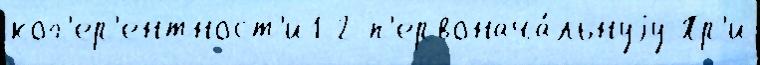
ког'ер'ентност'и1 2 п'ервонача́льнуjу Пр'и